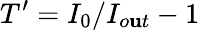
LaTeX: T^{\prime}=I_{0}/I_{o\mathbf{u}t}-1